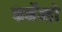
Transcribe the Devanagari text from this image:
फर्नेन्डो